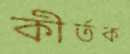
কীর্তক